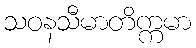
သဝနသီမာတိက္ကမာ